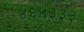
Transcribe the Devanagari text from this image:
४६५३३३